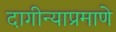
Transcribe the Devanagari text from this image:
दागीन्याप्रमाणे